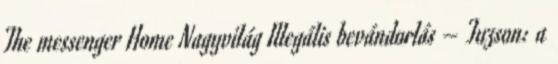
The messenger Home Nagyvilág Illegális bevándorlás – Tuzson: a